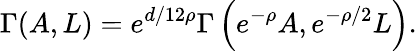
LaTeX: \Gamma(A,L)={e^{d/12\rho}}\Gamma\left({e^{-\rho}}A,{e^{-\rho/2}}L\right).